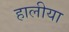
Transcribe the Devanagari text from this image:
हालीया